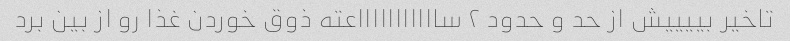
تاخیر بییییش از حد و حدود ۲ ساااااااااااعته ذوق خوردن غذا رو از بین برد